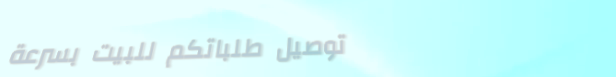
توصيل طلباتكم للبيت بسرعة